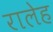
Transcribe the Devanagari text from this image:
रालेह